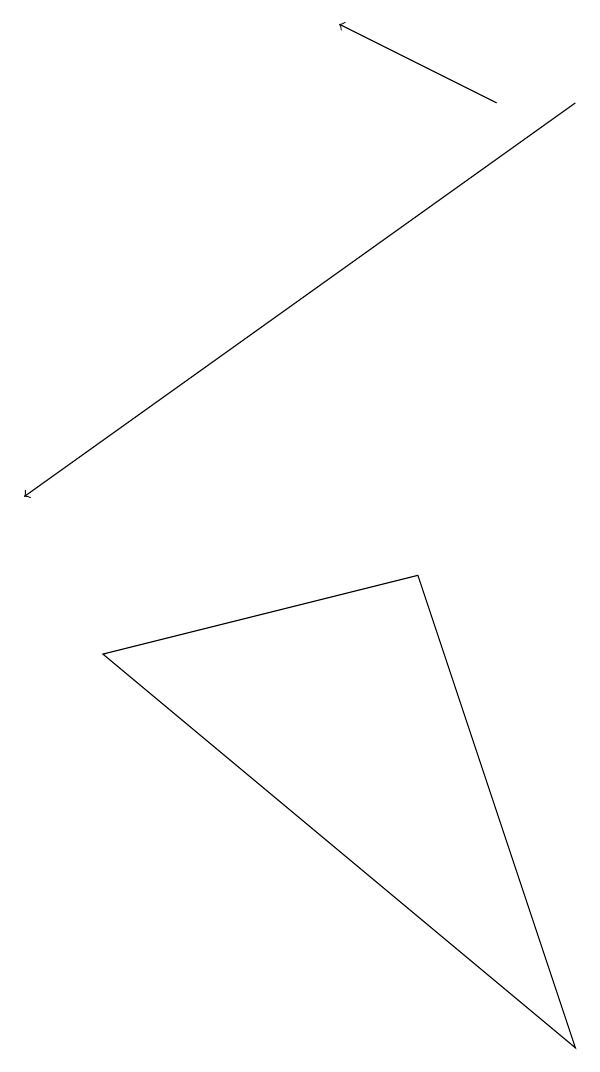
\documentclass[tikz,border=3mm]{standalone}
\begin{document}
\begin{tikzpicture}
\draw[->] (9,15) -- (2,10);
\draw[->] (8,15) -- (6,16);
\draw (9,3) -- (3,8) -- (7,9) -- cycle;
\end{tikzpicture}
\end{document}